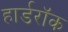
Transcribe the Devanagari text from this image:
हार्डरॉक